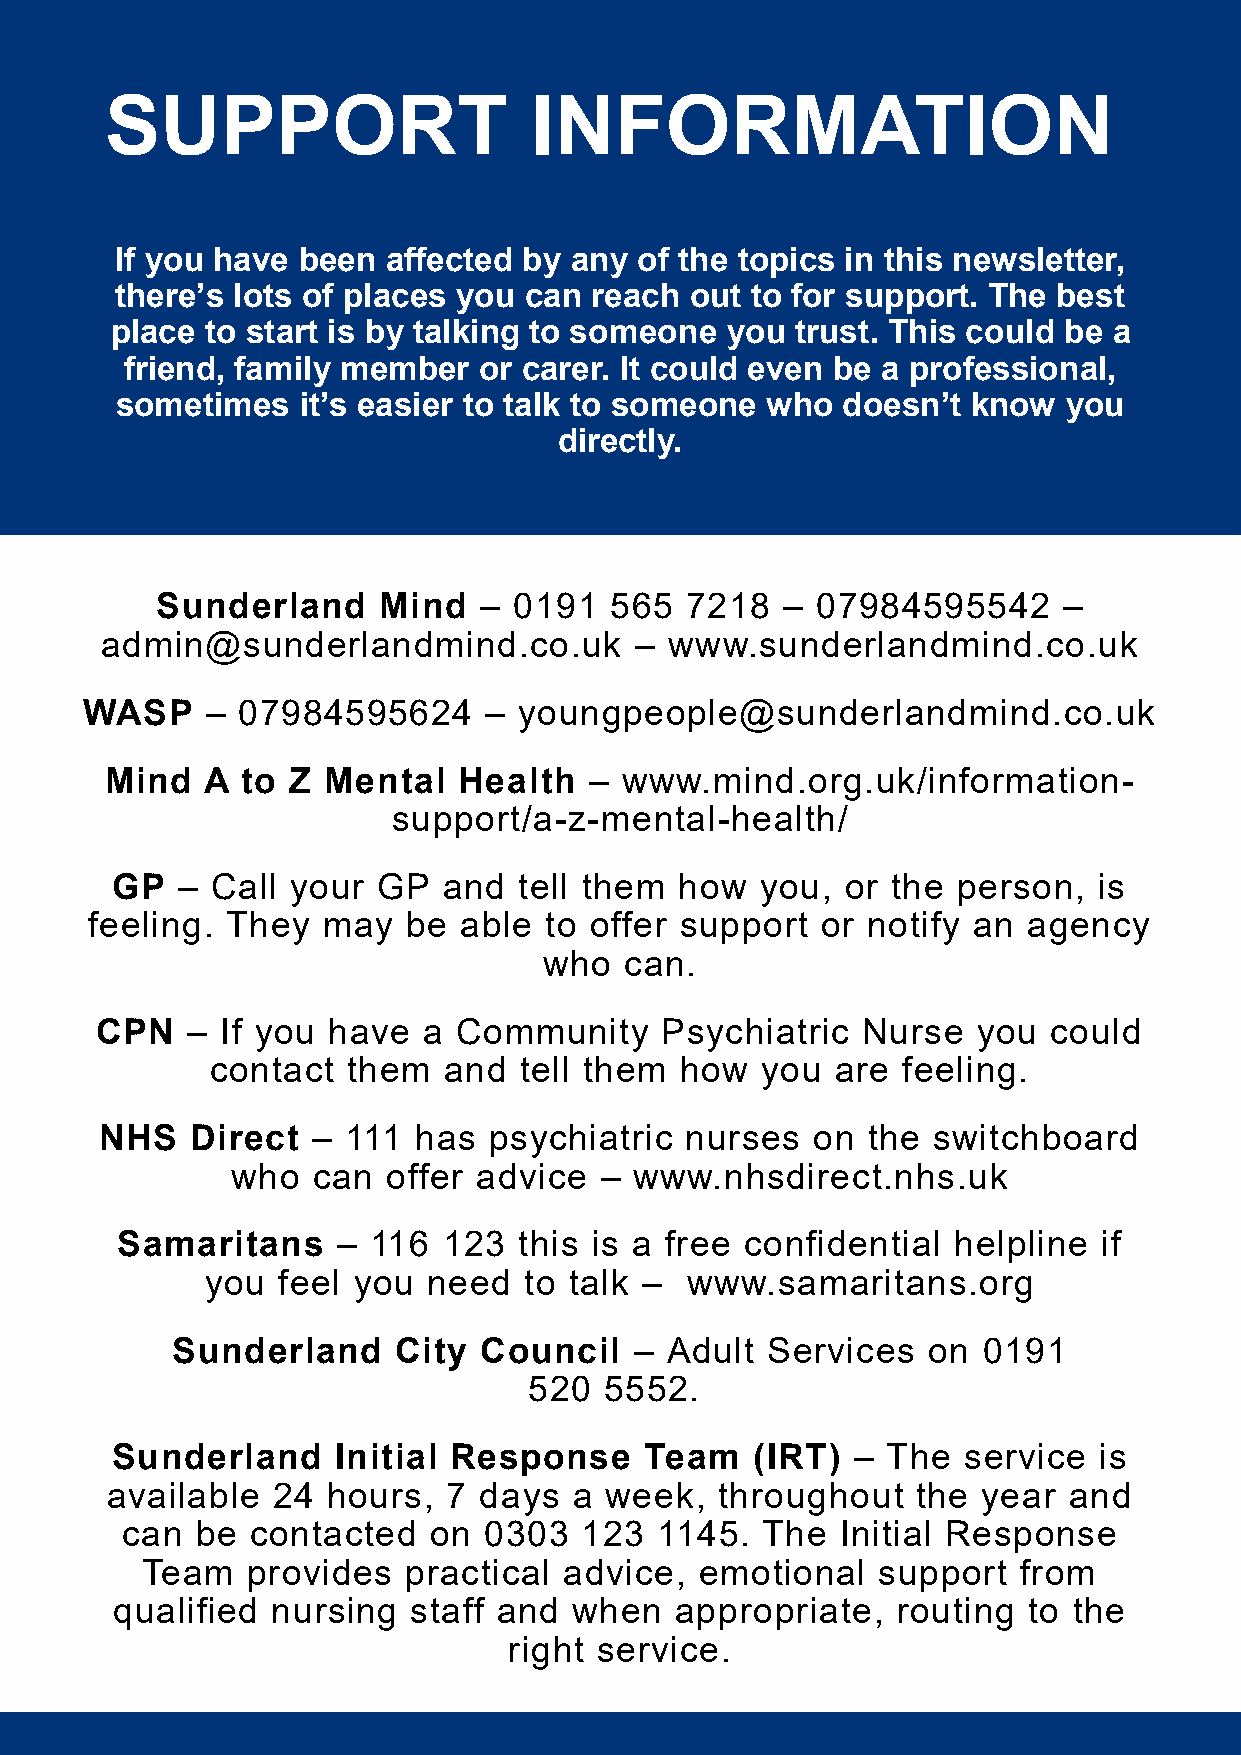
SUPPORT                     INFORMATION
 If you have been  affected by any of the topics in this newsletter,
 there’s lots of places you can reach  out to for support. The best
 place  to start is by talking to someone you  trust. This could be a
 friend, family member   or carer. It could even be a professional,
 sometimes   it’s easier to talk to someone who  doesn’t know   you
 directly.
 Sunderland     Mind   – 0191  565  7218   – 07984595542     –
 admin@sunderlandmind.co.uk         – www.sunderlandmind.co.uk
 WASP     – 07984595624     – youngpeople@sunderlandmind.co.uk
 Mind   A to Z  Mental  Health   – www.mind.org.uk/information-
 support/a-z-mental-health/
 GP   – Call your  GP  and  tell them  how  you,  or the person,   is
 feeling. They  may   be able  to offer support  or notify an  agency
 who  can.
 CPN   –  If you have  a Community     Psychiatric  Nurse   you could
 contact  them  and  tell them  how  you  are  feeling.
 NHS   Direct  – 111 has  psychiatric  nurses   on the  switchboard
 who   can  offer advice  – www.nhsdirect.nhs.uk
 Samaritans    – 116  123  this is a free confidential  helpline  if
 you feel you  need   to talk – www.samaritans.org
 Sunderland     City  Council   – Adult  Services  on  0191
 520  5552.
 Sunderland     Initial Response     Team   (IRT) –  The  service  is
 available  24  hours,  7 days  a week,   throughout   the year  and
 can  be  contacted  on  0303  123  1145.  The   Initial Response
 Team   provides   practical advice,  emotional   support  from
 qualified  nursing  staff and  when   appropriate,  routing  to the
 right service.